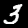
Label: 3